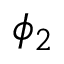
\phi _ { 2 }